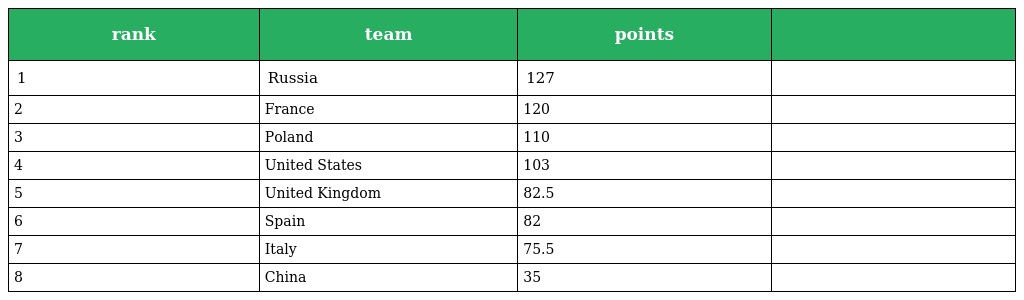
| rank | team | points |  |
 | --- | --- | --- | --- |
 | 1 | Russia | 127 |  |
 | 2 | France | 120 |  |
 | 3 | Poland | 110 |  |
 | 4 | United States | 103 |  |
 | 5 | United Kingdom | 82.5 |  |
 | 6 | Spain | 82 |  |
 | 7 | Italy | 75.5 |  |
 | 8 | China | 35 |  |